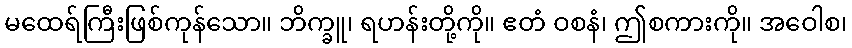
မထေရ်ကြီးဖြစ်ကုန်သော။ ဘိက္ခူ၊ ရဟန်းတို့ကို။ ဧတံ ဝစနံ၊ ဤစကားကို။ အဝေါစ၊